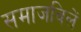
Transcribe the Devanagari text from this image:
समाजविलें